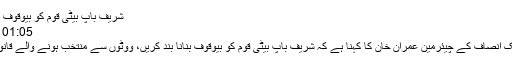
شریف باپ بیٹی قوم کو بیوقوف بنانا بند کریں:عمران خان
01:05 PM, 17 Feb, 2018
اسلام آباد(24نیوز) تحریک انصاف کے چیئرمین عمران خان کا کہنا ہے کہ شریف باپ بیٹی قوم کو بیوقوف بنانا بند کریں، ووٹوں سے منتخب ہونے والے قانون سے بالاتر نہیں ہوتے۔